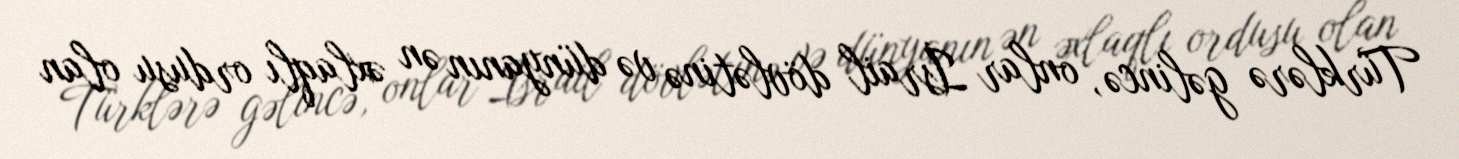
Türklərə gəlincə, onlar İsrail dövlətinə və dünyanın ən əxlaqlı ordusu olan